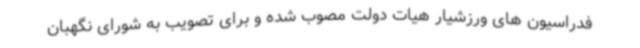
فدراسیون های ورزشیار هیات دولت مصوب شده و برای تصویب به شورای نگهبان